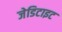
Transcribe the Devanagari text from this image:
जेडिटाइट